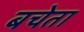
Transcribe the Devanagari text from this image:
बचेता